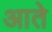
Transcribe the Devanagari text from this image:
आते